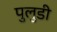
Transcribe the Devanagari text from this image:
पुलुडी